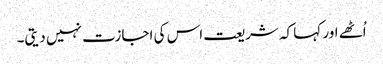
اُٹھے اور کہا کہ شریعت اس کی اجازت نہیں دیتی۔